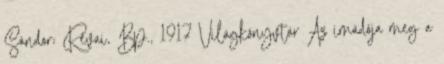
Sándor; Révai, Bp., 1917 Világkönyvtár Az imádója meg a